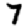
Digit: 7